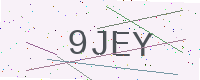
Text: 9JEY